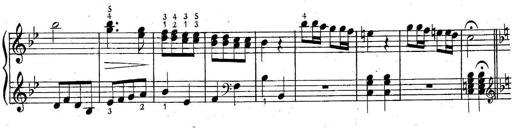
Title: 6 Easy Sonatinas
Composer: Carl Czerny